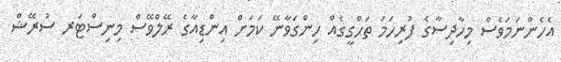
އެހެންނަމަވެސް މިހާދިސާގެ ފުރިހަމަ ތަހްގީގެއް ހިންގަވާނޭ ކަމަށް އިންޑިއާގެ ރޭލްވޭސް މިނިސްޓަރ ސުރޭޝް